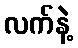
လက်နဲ့